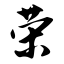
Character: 荣